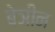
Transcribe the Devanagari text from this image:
बेञीन